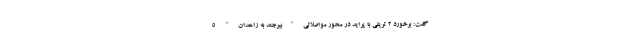
گفت: برخورد 2 تریلی با پراید در محور مواصلاتی"بیرجند به زاهدان" 5